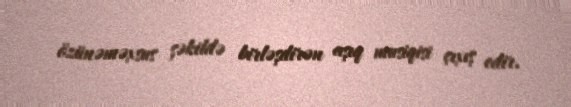
özünəməxsus şəkildə birləşdirən aşıq musiqisi çıxış edir.